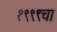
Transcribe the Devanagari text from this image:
१९९९चा